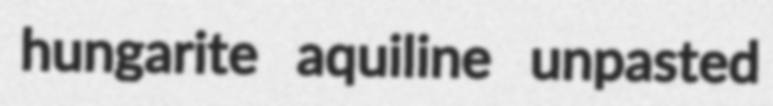
hungarite aquiline unpasted